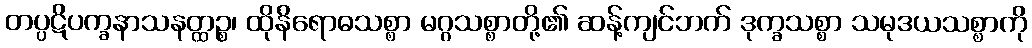
တပ္ပဋိပက္ခနာသနတ္ထဉ္စ၊ ထိုနိရောဓသစ္စာ မဂ္ဂသစ္စာတို့၏ ဆန့်ကျင်ဘက် ဒုက္ခသစ္စာ သမုဒယသစ္စာကို